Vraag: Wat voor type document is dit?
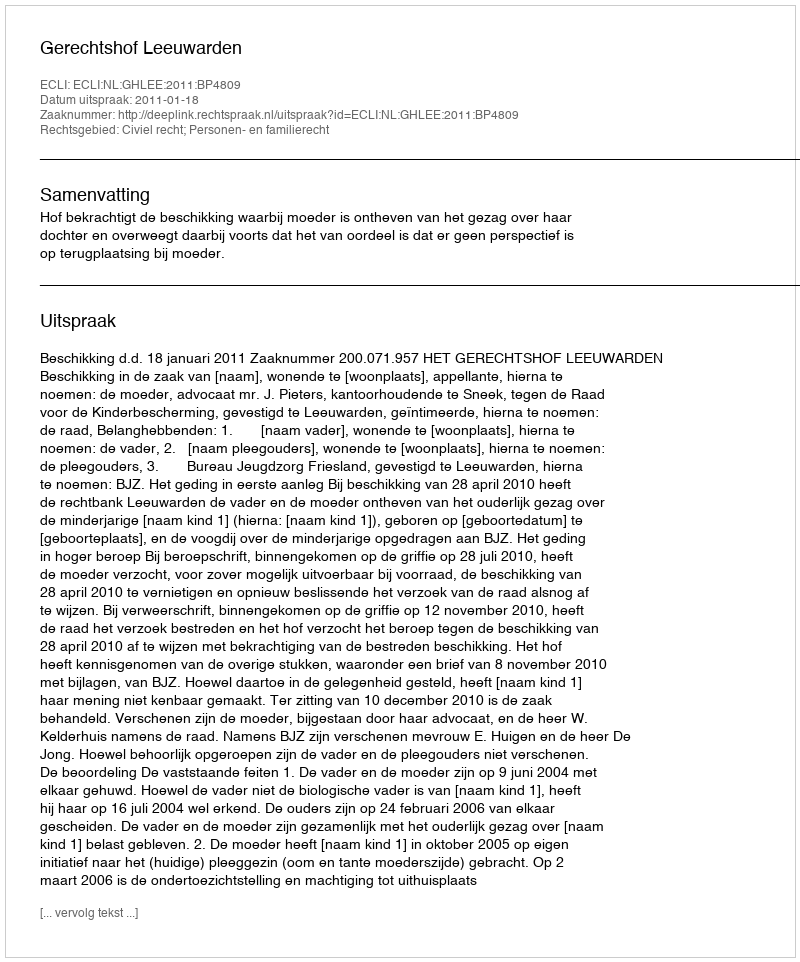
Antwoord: Uitspraak